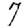
Digit: 7